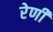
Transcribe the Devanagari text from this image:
रेणी